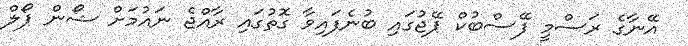
އޭނާގެ ރަސްމީ ފޭސްބުކް ޕޭޖުގައި ބުނެފައިވާ ގޮތުގައި ރާއްޖެ ނައުމަށް ޝޯން ޕޯލް